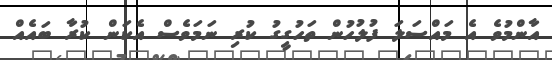
އާންމުވެ އެ މައްސަލަ ފުލުހުން ތަހުގީގު ކުރި ނަމަވެސް އެކަން ކުރާ ބައެއް